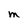
Character: M